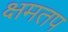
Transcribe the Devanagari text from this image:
क्षमतप